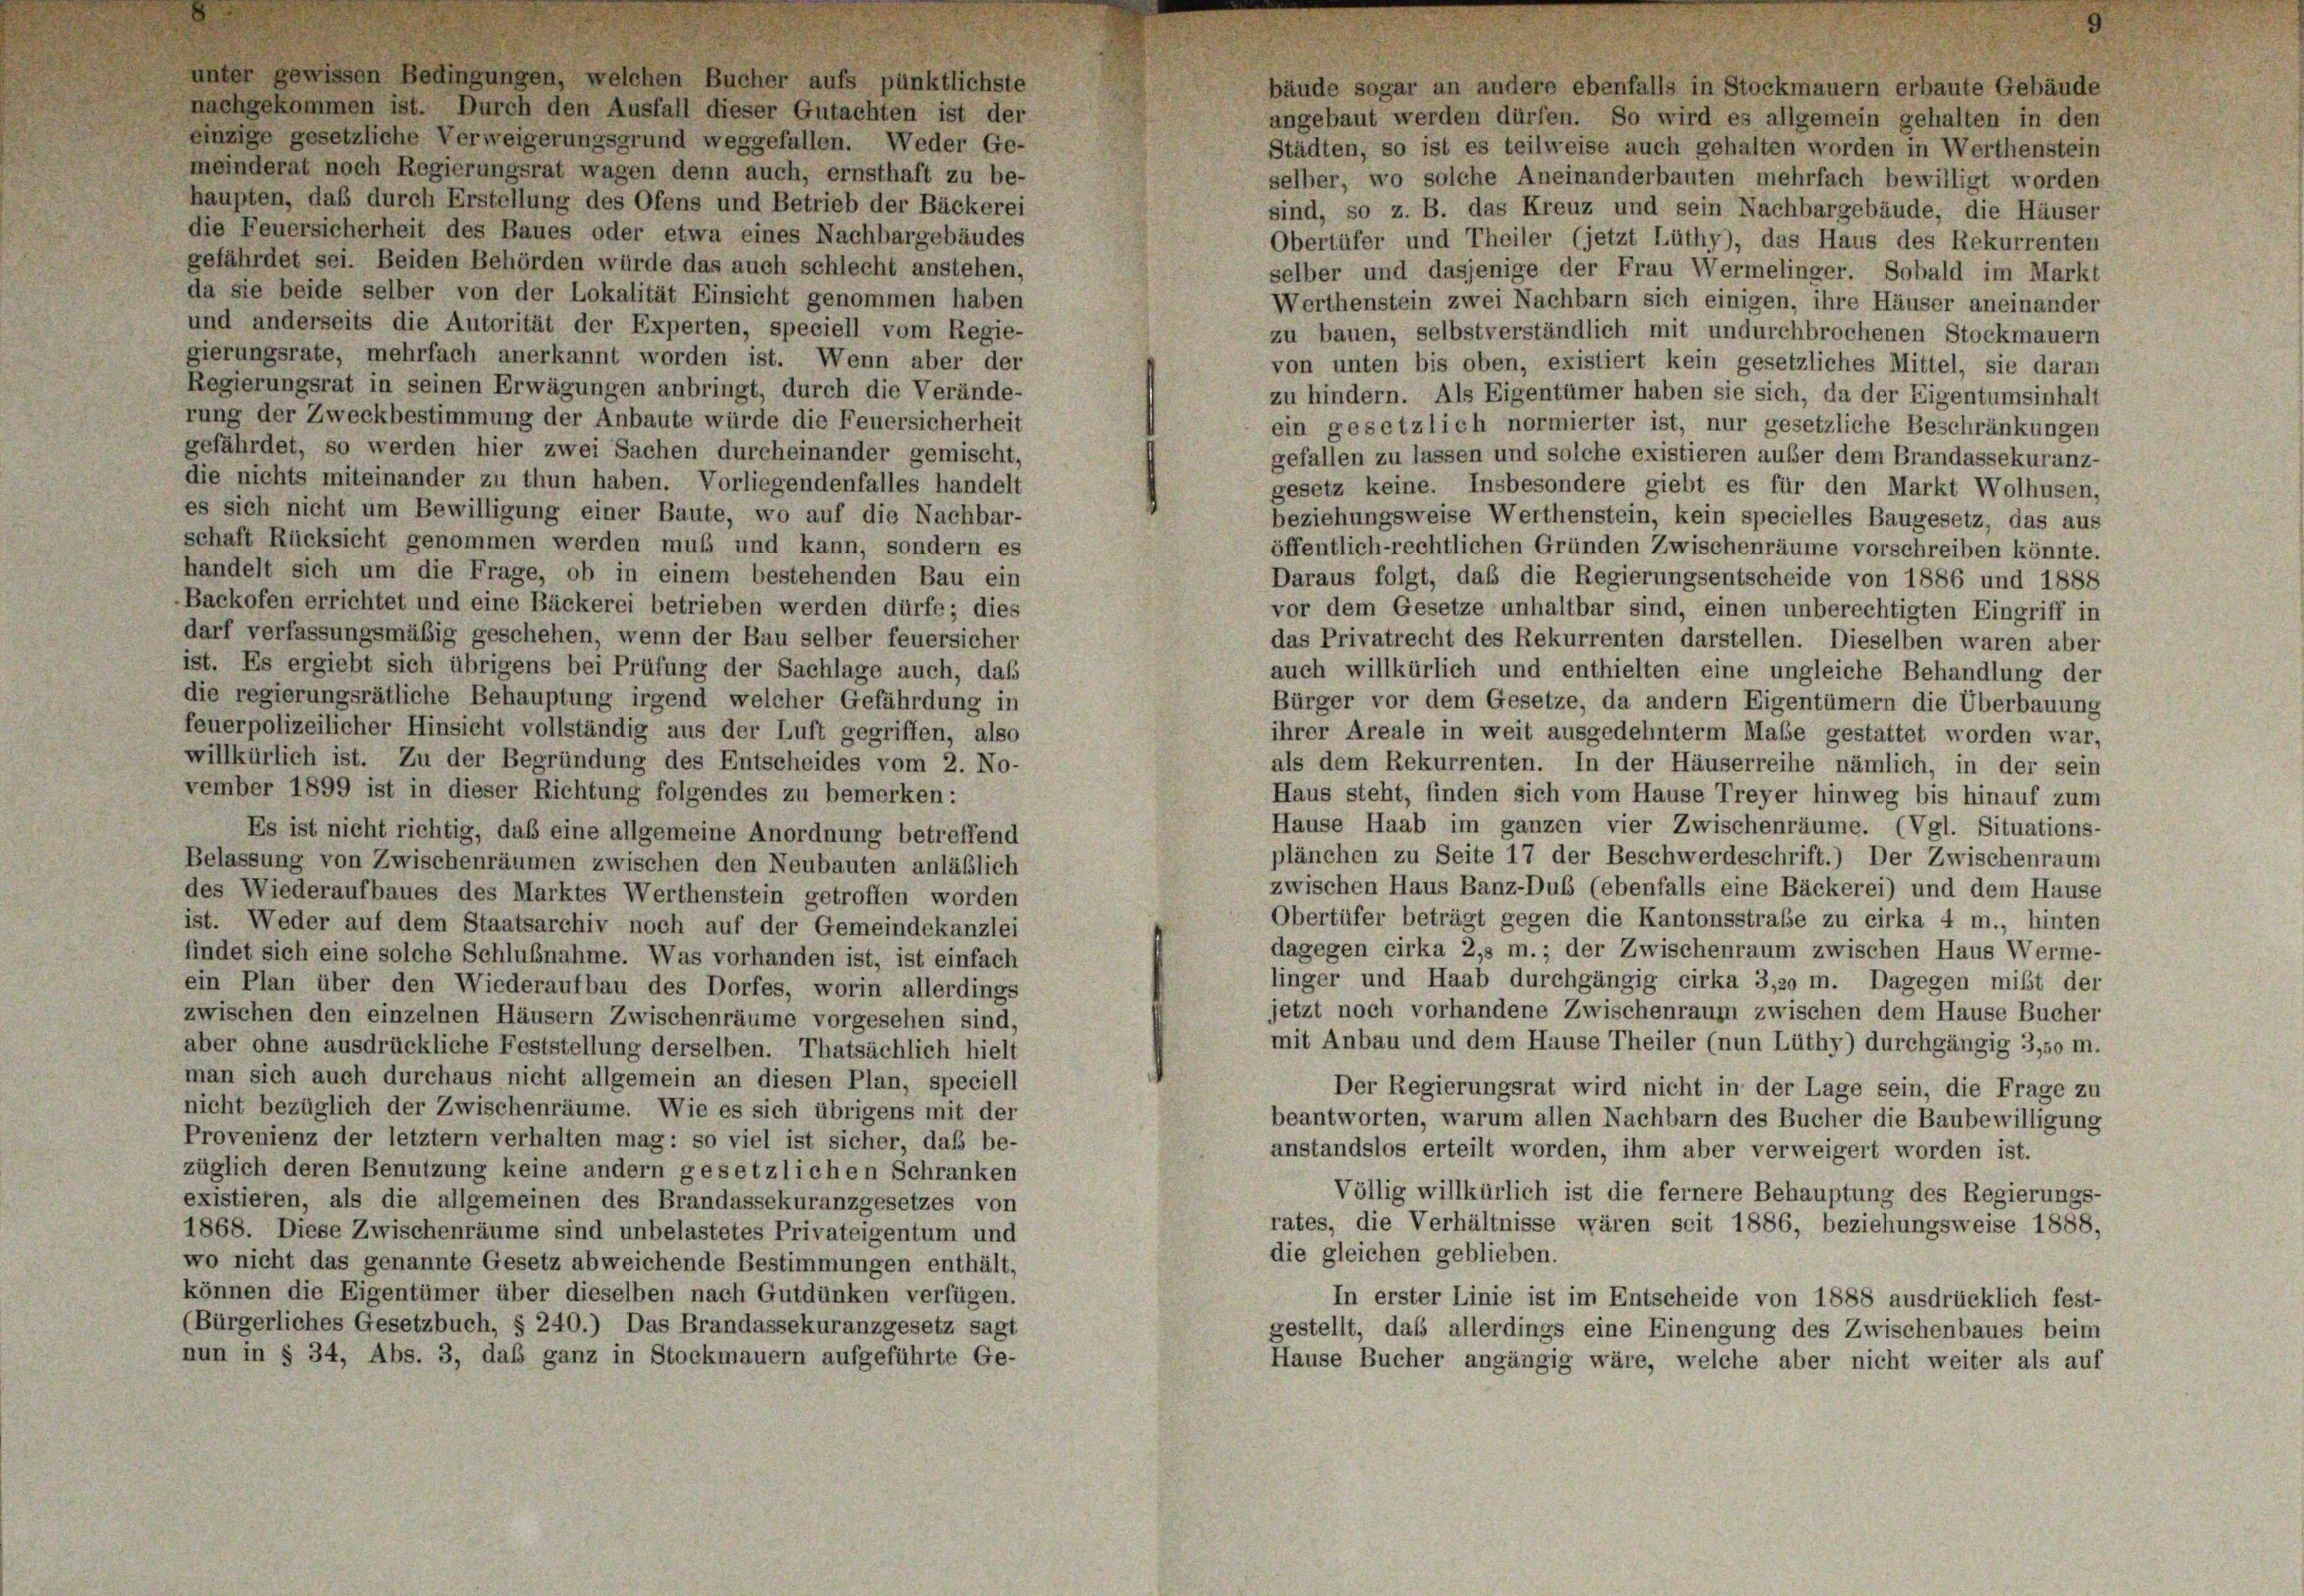
unter gewissen Bedingungen, welchen Bucher aufs pünktlichste
bäude sogar an andere ebenfalls in Stockmauern erbaute Gebäude
nachgekommen ist. Durch den Ausfall dieser Gutachten ist der
angebaut werden dürfen. So wird es allgemein gehalten in den
einzige gesetzliche Verweigerungsgrund weggefallen. Weder Ge-
Städten, so ist es teilweise auch gehalten worden in Werthenstein
meinderat noch Regierungsrat wagen denn auch, ernsthaft zu be-
selber, wo solche Aneinanderbauten mehrfach bewilligt worden
haupten, daß durch Erstellung des Ofens und Betrieb der Bäckerei
sind, so z. B. das Kreuz und sein Nachbargebäude, die Häuser
die Feuersicherheit des Baues oder etwa eines Nachbargebäudes
Obertüfer und Theiler (jetzt Lüthy), das Haus des Rekurrenten
gefährdet sei. Beiden Behörden würde das auch schlecht anstehen,
selber und dasjenige der Frau Wermelinger. Sobald im Marks
da sie beide selber von der Lokalität Einsicht genommen haben
Werthenstein zwei Nachbarn sich einigen, ihre Häuser aneinander
und anderseits die Autorität der Experten, speciell vom Regie-
zu bauen, selbstverständlich mit undurchbrochenen Stockmauern
gierungsrate, mehrfach anerkannt worden ist. Wenn aber der
von unten bis oben, existiert kein gesetzliches Mittel, sie daran
Regierungsrat in seinen Erwägungen anbringt, durch die Verände-
zu hindern. Als Eigentümer haben sie sich, da der Eigentumsinhalt
rung der Zweckbestimmung der Anbaute würde die Feuersicherheit
ein gesetzlich normierter ist, nur gesetzliche Beschränkungen
gefährdet, so werden hier zwei Sachen durcheinander gemischt,
gefallen zu lassen und solche existieren außer dem Brandassekuranz-
die nichts miteinander zu thun haben. Vorliegendenfalles handelt
gesetz keine. Insbesondere giebt es für den Markt Wolhusen,
es sich nicht um Bewilligung einer Baute, wo auf die Nachbar-
beziehungsweise Werthenstein, kein specielles Baugesetz, das aus
schaft Rücksicht genommen werden muß und kann, sondern es
öffentlich-rechtlichen Gründen Zwischenräume vorschreiben könnte.
handelt sich um die Frage, ob in einem bestehenden Bau ein
Daraus folgt, daß die Regierungsentscheide von 1886 und 1888
Backofen errichtet und eine Bäckerei betrieben werden dürfe; dies
vor dem Gesetze unhaltbar sind, einen unberechtigten Eingriff in
darf verfassungsmäßig geschehen, wenn der Bau selber feuersicher
das Privatrecht des Rekurrenten darstellen. Dieselben waren aber
ist. Es ergiebt sich übrigens bei Prüfung der Sachlage auch, daß
auch willkürlich und enthielten eine ungleiche Behandlung der
die regierungsrätliche Behauptung irgend welcher Gefährdung in
Bürger vor dem Gesetze, da andern Eigentümern die Überbauung
feuerpolizeilicher Hinsicht vollständig aus der Luft gegriffen, also
ihrer Areale in weit ausgedehnterm Maße gestattet worden war,
willkürlich ist. Zu der Begründung des Entscheides vom 2. No-
als dem Rekurrenten. In der Häuserreihe nämlich, in der sein
vember 1899 ist in dieser Richtung folgendes zu bemerken:
Haus steht, finden sich vom Hause Treyer hinweg bis hinauf zum
Hause Haab im ganzen vier Zwischenräume. (Vgl. Situations-
Es ist nicht richtig, daß eine allgemeine Anordnung betreffend
plänchen zu Seite 17 der Beschwerdeschrift.) Der Zwischenraum
Belassung von Zwischenräumen zwischen den Neubauten anläßlich
zwischen Haus Banz-Dub (ebenfalls eine Bäckerei) und dem Hause
des Wiederaufbaues des Marktes Werthenstein getroffen worden
Obertüfer beträgt gegen die Kantonsstraße zu cirka 4 m., hinter
ist. Weder auf dem Staatsarchiv noch auf der Gemeindekanzlei
dagegen cirka 2,5 m.; der Zwischenraum zwischen Haus Werme-
findet sich eine solche Schlußnahme. Was vorhanden ist, ist einfach
linger und Haab durchgängig cirka 3,20 m. Dagegen mißt der
ein Plan über den Wiederaufbau des Dorfes, worin allerdings
jetzt noch vorhandene Zwischenraum zwischen dem Hause Bucher
zwischen den einzelnen Häusern Zwischenräume vorgesehen sind,
mit Anbau und dem Hause Theiler (nun Lüthy) durchgängig 3,50 m.
aber ohne ausdrückliche Feststellung derselben. Thatsächlich hielt
man sich auch durchaus nicht allgemein an diesen Plan, speciell
Der Regierungsrat wird nicht in der Lage sein, die Frage zu
nicht bezüglich der Zwischenräume. Wie es sich übrigens mit der
beantworten, warum allen Nachbarn des Bucher die Baubewilligung
Provenienz der letztem verhalten mag: so viel ist sicher, daß be-
anstandslos erteilt worden, ihm aber verweigert worden ist.
züglich deren Benutzung keine andern gesetzlichen Schranken
Völlig willkürlich ist die fernere Behauptung des Regierungs-
existieren, als die allgemeinen des Brandassekuranzgesetzes von
rates, die Verhältnisse wären seit 1886, beziehungsweise 1888.
1868. Diese Zwischenräume sind unbelastetes Privateigentum und
die gleichen geblieben.
wo nicht das genannte Gesetz abweichende Bestimmungen enthält,
können die Eigentümer über dieselben nach Gutdünken verfügen.
In erster Linie ist im Entscheide von 1888 ausdrücklich fest-
Bürgerliches Gesetzbuch, § 240.) Das Brandassekuranzgesetz sagt
gestellt, daß allerdings eine Einengung des Zwischenbaues bein
nun in § 34, Abs. 3, das ganz in Stockmauern aufgeführte Ge-
Hause Bucher angängig wäre, welche aber nicht weiter als auf